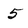
Character: 5